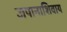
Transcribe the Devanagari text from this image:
जपानाशिवाय